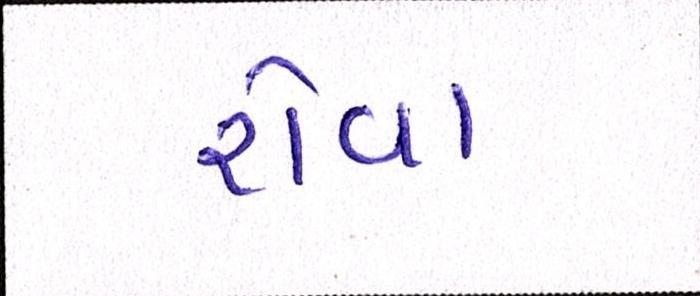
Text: રોવા